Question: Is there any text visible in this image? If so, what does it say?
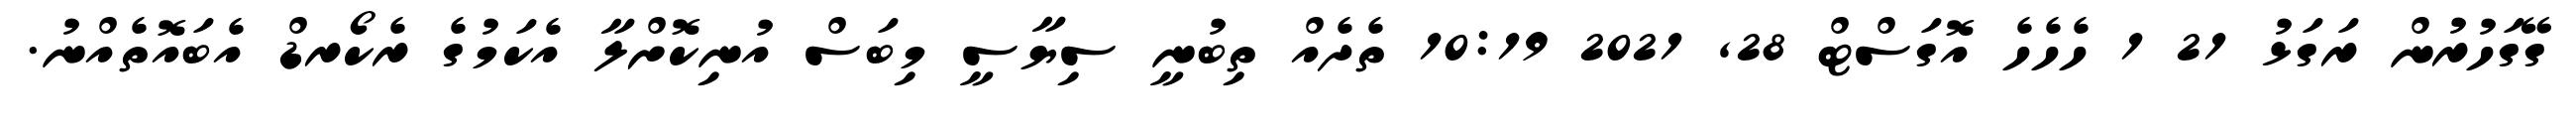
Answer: ގޭގަހުރުން ރަގަޅު 21 1 ހެހެހެ އޮގަސްޓް 28, 2021 10:19 ތެދެއް ތިބުނީ ސިޔާސީ މިބަސް އުނިކޮށްލާ އެކަމުގެ ރެކޯރޑް އެބައޮތެއްނު.